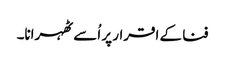
فنا کے اقرار پر اُسے ٹھہرانا۔